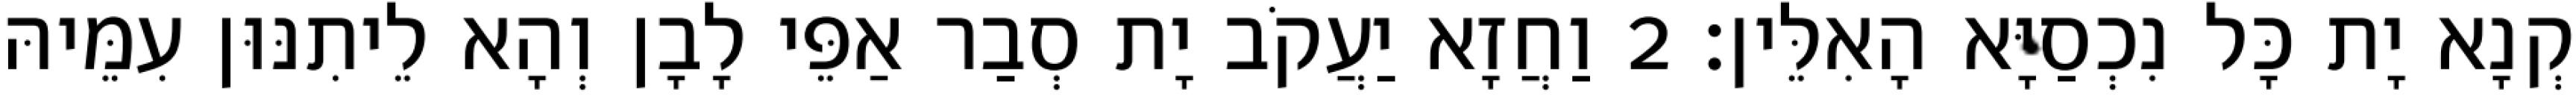
קְנָא יָת כָּל נִכְסַיָּא הָאִלֵּין׃ 2 וַחֲזָא יַעֲקֹב יָת סְבַר אַפֵּי לָבָן וְהָא לֵיתִנּוּן עִמֵּיהּ